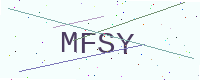
Text: MFSY